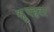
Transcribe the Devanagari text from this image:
श्रूृृक्हृला